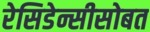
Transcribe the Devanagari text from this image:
रेसिडेन्सीसोबत